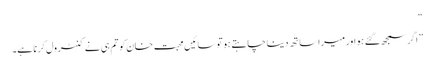
“
” اگر سمجھ گئے ہو اور میرا ساتھ دینا چاہتے ہو تو سائیں محبت خان کو تم ہی نے کنٹرول کرنا ہے۔